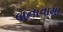
બનાવામા